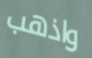
واذهب